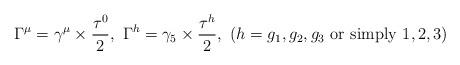
LaTeX: \begin{align*}\Gamma^\mu=\gamma^\mu \times \frac{\tau^0}{2},\ \Gamma^h=\gamma_5 \times \frac{\tau^h}{2},\ (h=g_1, g_2, g_3 {\rm\ or\ simply\ } 1,2,3)\end{align*}